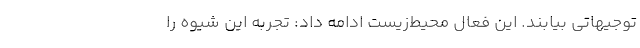
توجیهاتی بیابند. این فعال محیط‌زیست ادامه داد: تجربه این شیوه را